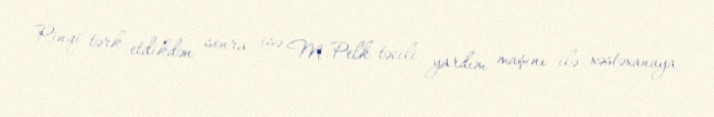
Rinqi tərk etdikdən sonra isə M.Pelk təcili yardım maşını ilə xəstəxanaya